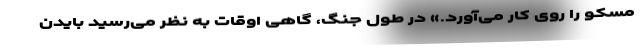
مسکو را روی کار می‌آورد.» در طول جنگ، گاهی اوقات به نظر می‌رسید بایدن